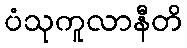
ပံသုကူလာနီတိ